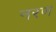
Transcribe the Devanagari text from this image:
नरण